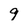
Character: 9